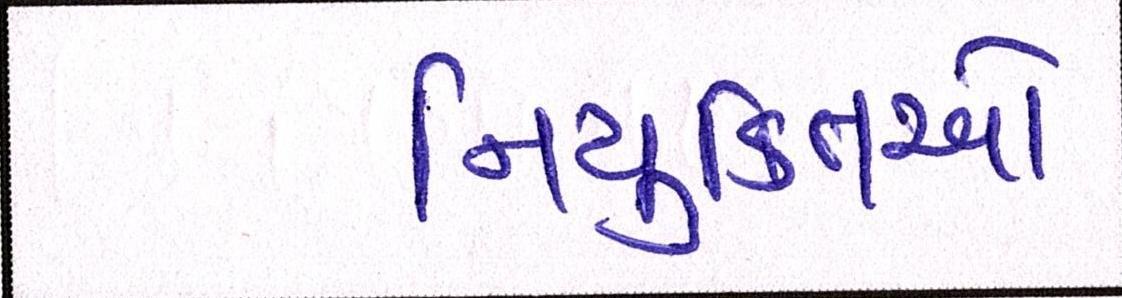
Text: નિયુક્તિઓ